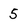
Character: 5